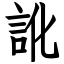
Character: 訛